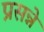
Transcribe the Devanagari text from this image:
प्रसन्ने